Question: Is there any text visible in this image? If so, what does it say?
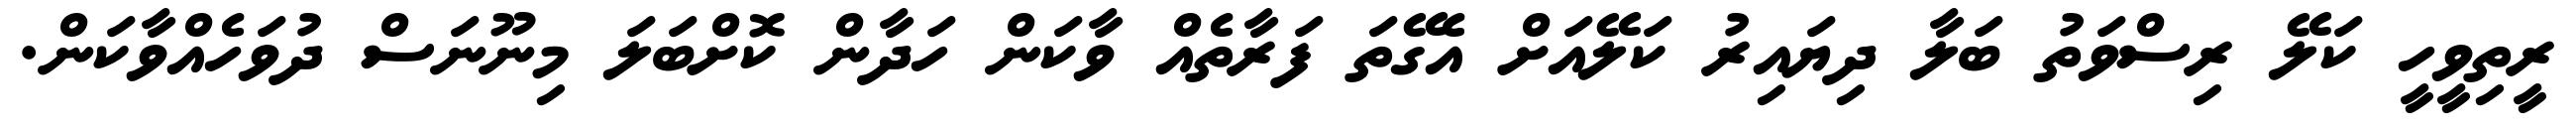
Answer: ރީތިވީހީ ކަލޭ ރިސްވަތު ބަލާ ދިޔައިރު ކަލޭއަށް އެގޭތަ ފަރާތެއް ވާކަން ހަދާން ކޮށްބަލަ މިނޫނަސް ދުވަހެއްވާކަން.